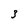
Character: 3